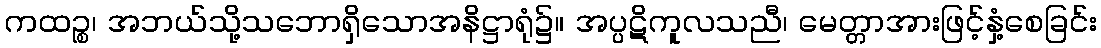
ကထဉ္စ၊ အဘယ်သို့သဘောရှိသောအနိဋ္ဌာရုံ၌။ အပ္ပဋိကူလသညီ၊ မေတ္တာအားဖြင့်နှံ့စေခြင်း